Annual report of the Punjab Veterinary College and of the Civil Veterinary Department, Punjab - 1909-1919
Year: 1909
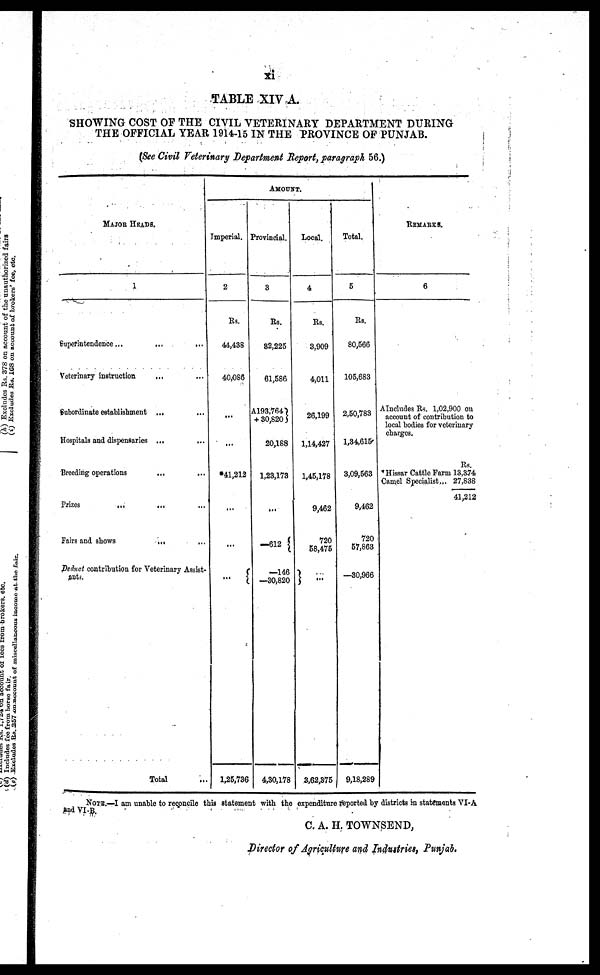
xi
TABLE XIV A.
SHOWING COST OF THE CIVIL VETERINARY DEPARTMENT DURING
THE OFFICIAL YEAR 1914-15 IN THE PROVINCE OF PUNJAB.
(See Civil Veterinary Department Report, paragraph 56.)
MAJOR HEADS.
1
Superintendence ...
...
...
Veterinary instruction
...
Subordinate establishment ... ...
Hospitals and dispensaries ... ...
Breeding operations
... ...
Prizes
...
... ...
Fairs and shows
...
...
Deduct contribution for Veterinary Assist-
ants.
Total
AMOUNT.
Imperial.
2
Rs.
44,438
40,086
...
*41,212
...
...
...
1,25,736
Provincial.
3
Rs.
82,225
61,586
A193.764
+ 30,820
20,188
1,23,173
...
—612
—146
—30,820
4,30,178
Local.
4
Rs.
8,909
4,011
26,199
1,14,427
1,45,178
9,462
720
58,475
...
3,62,375
Total.
5
Rs.
80,566
105,683
2,50,783
1,34,615
3,09,563
9,462
720
57,863
—30,966
9,18,289
REMARKS.
6
AIncludes Rs. 1,02,900 on
account of contribution to
local bodies for veterinary
charges.
Rs.
Hissar Cattle Farm 13,374
Camel Specialist... 27,838 41,212
NOTE.—I am unable to reconcile this statement with the expenditure reported by districts in statements VI-A
and VI-B.
C. A. H. TOWNSEND,
Director of Agriculture and Industries, Punjab.